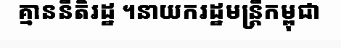
គ្មាននីតិរដ្ឋ ។នាយករដ្ឋមន្ត្រីកម្ពុជា